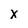
Character: X